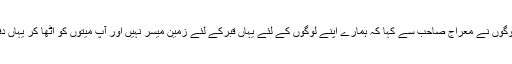
علاقے کے لوگوں نے معراج صاحب سے کہا کہ ہمارے اپنے لوگوں کے لئے یہاں قبرکے لئے زمین میسر نہیں اور آپ میتوں کو اٹھا کر یہاں دفنا رہے ہیں ۔